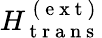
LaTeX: H_{\mathrm{~t~r~a~n~s~}}^{\mathrm{~(~e~x~t~)~}}